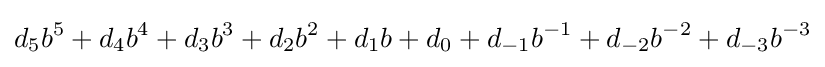
d_{5}b^{5}+d_{4}b^{4}+d_{3}b^{3}+d_{2}b^{2}+d_{1}b+d_{0}+d_{-1}b^{-1}+d_{-2}b^{-2}+d_{-3}b^{-3}